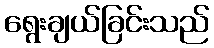
ရွေးချယ်ခြင်းသည်